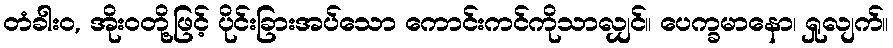
တံခါးဝ, အိုးဝတို့ဖြင့် ပိုင်းခြားအပ်သော ကောင်းကင်ကိုသာလျှင်။ ပေက္ခမာနော၊ ရှုလျက်။